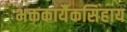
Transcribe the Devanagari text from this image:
भक्तकार्यैकसिंहाय